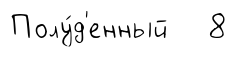
Полу́д'енный 8